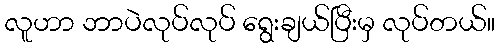
လူဟာ ဘာပဲလုပ်လုပ် ရွေးချယ်ပြီးမှ လုပ်တယ်။